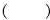
（）